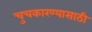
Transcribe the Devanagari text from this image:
चुचकारण्यासाठी